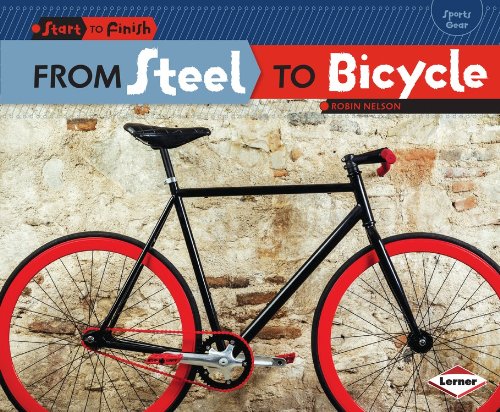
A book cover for From Steal to Bicycle (Start to Finish: Sports Gear); Robin Nelson; Children's Books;